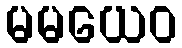
မမယေဝ